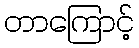
တာကြောင့်